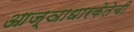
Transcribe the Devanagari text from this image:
आज्ञाधारकेतेची